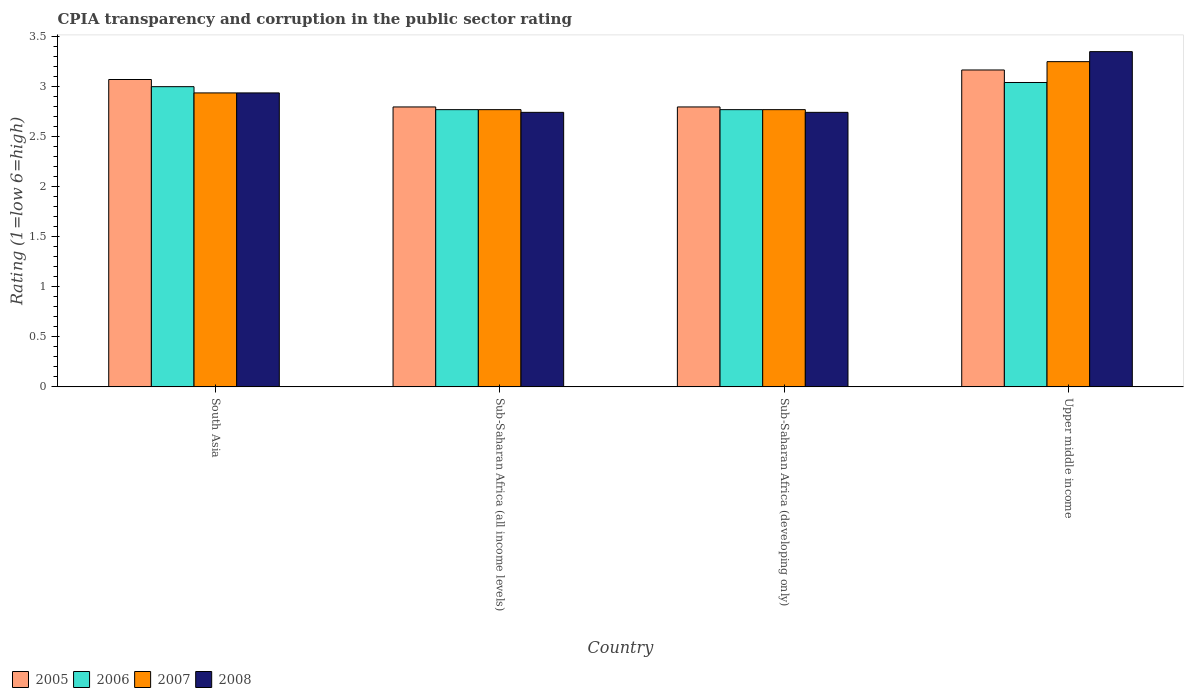
| Country | 2005 | 2006 | 2007 | 2008 |
 | --- | --- | --- | --- | --- |
 | South Asia | 3.07 | 3 | 2.94 | 2.94 |
 | Sub-Saharan Africa (all income levels) | 2.8 | 2.77 | 2.77 | 2.74 |
 | Sub-Saharan Africa (developing only) | 2.8 | 2.77 | 2.77 | 2.74 |
 | Upper middle income | 3.17 | 3.04 | 3.25 | 3.35 |